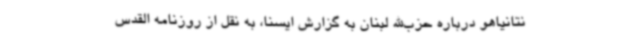
نتانیاهو درباره حزب‌الله لبنان به گزارش ایسنا، به نقل از روزنامه القدس